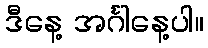
ဒီနေ့ အင်္ဂါနေ့ပါ။